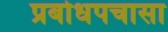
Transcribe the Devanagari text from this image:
प्रबोधपचासा